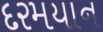
દરમયાન